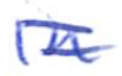
Text: in
Cross-out: double-line
Writing tool: ballpoint